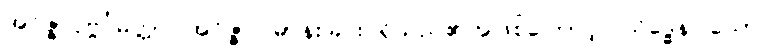
အဝိဇ္ဇာပုဗ္ဗင်္ဂမတ္တာ၊ အဝိဇ္ဇာပြဓာန်းခြင်း ရှိသည်၏အဖြစ်ကြောင့်။ သိဒ္ဓေန၊ သော။